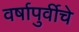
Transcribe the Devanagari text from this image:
वर्षापुर्वीचे